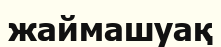
жаймашуақ